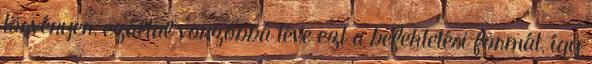
törvényen, ezáltal vonzóbbá téve ezt a befektetési formát, így